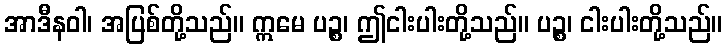
အာဒီနဝါ၊ အပြစ်တို့သည်။ ဣမေ ပဉ္စ၊ ဤငါးပါးတို့သည်။ ပဉ္စ၊ ငါးပါးတို့သည်။